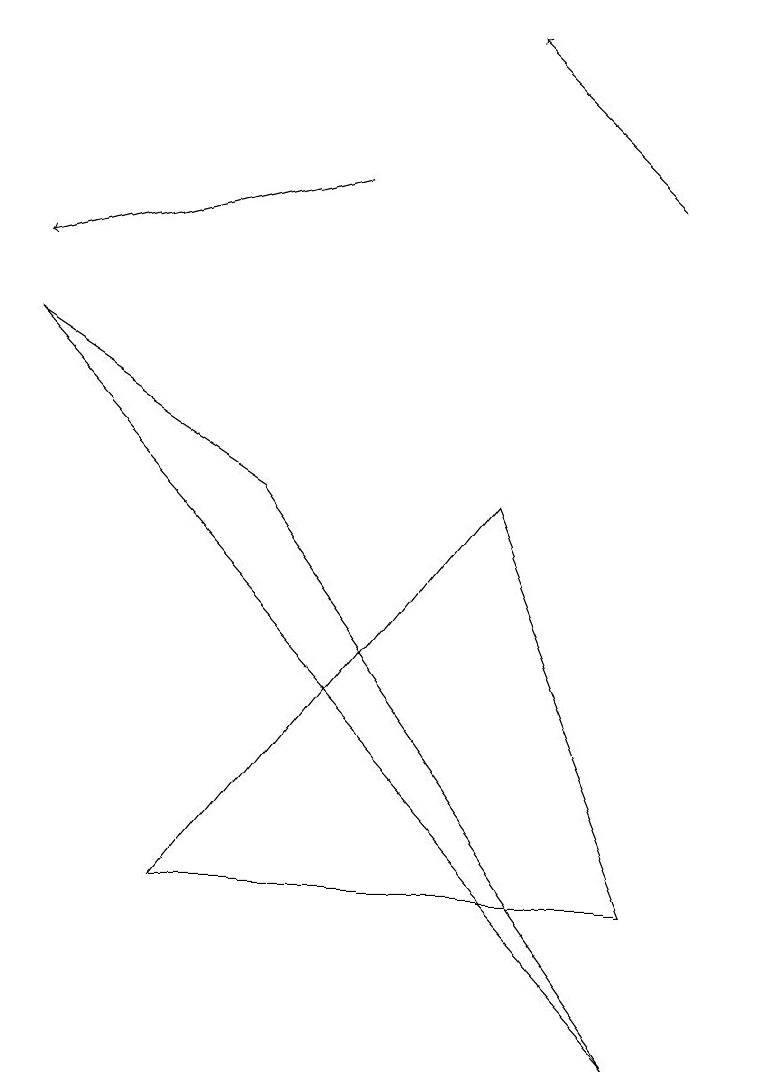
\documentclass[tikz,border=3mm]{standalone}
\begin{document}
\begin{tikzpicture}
\draw (1,9) -- (4,7) -- (9,0) -- cycle;
\draw (7,7) -- (3,2) -- (9,2) -- cycle;
\draw[->] (9,11) -- (7,13);
\draw[->] (5,11) -- (1,10);
\draw (10,12) circle (0);
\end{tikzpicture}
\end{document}